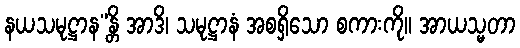
နယသမုဋ္ဌာန”န္တိ အာဒိ၊ သမုဋ္ဌာနံ အစရှိသော စကားကို။ အာယသ္မတာ